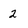
Character: 2